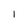
Character: l